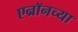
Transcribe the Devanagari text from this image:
एन्रॉनच्या